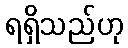
ရရှိသည်ဟု